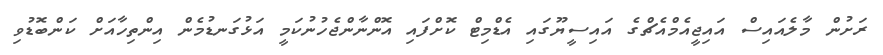
ރަށުން މާލެއައިސް އައިޖީއެމްއެޗްގެ އައިސީޔޫގައި އެޑްމިޓް ކޮށްފައި އޮންނާންޖެހުނުކަމީ އަޅުގަނޑުމެން އިންތިހާއަށް ކަންބޮޑުވި